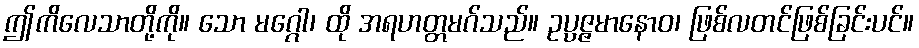
ဤကိလေသာတို့ကို။ သော မဂ္ဂေါ၊ ထို အရဟတ္တမဂ်သည်။ ဥပ္ပဇ္ဇမာနောဝ၊ ဖြစ်လတင်ဖြစ်ခြင်းပင်။